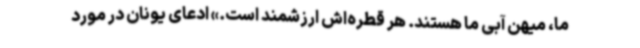
ما، میهن آبی ما هستند. هر قطره‌اش ارزشمند است.» ادعای یونان در مورد